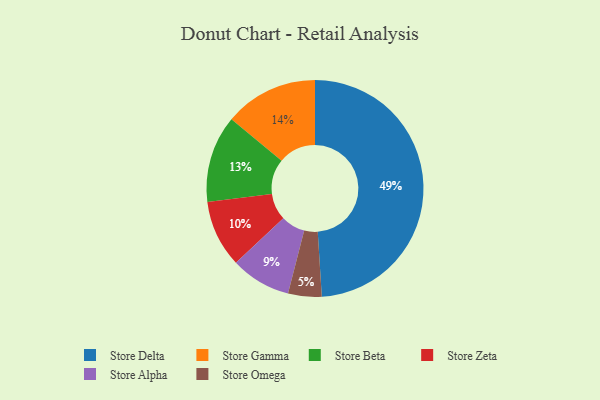
{"axis": {"x": "Category", "y": "Percentage"}, "legend": ["Store Alpha", "Store Beta", "Store Delta", "Store Gamma", "Store Omega", "Store Zeta"], "data": [{"x": "Store Omega", "y": 5, "type": "Store Omega"}, {"x": "Store Zeta", "y": 10, "type": "Store Zeta"}, {"x": "Store Delta", "y": 49, "type": "Store Delta"}, {"x": "Store Beta", "y": 13, "type": "Store Beta"}, {"x": "Store Gamma", "y": 14, "type": "Store Gamma"}, {"x": "Store Alpha", "y": 9, "type": "Store Alpha"}]}